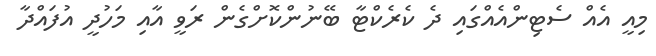
މިއީ އެއް ސެޓިންއެއްގައި ދެ ކެރެކްޓާ ބޭނުންކޮށްގެން ރަވީ އާއި މަހުދީ އުފައްދާ